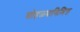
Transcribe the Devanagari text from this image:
सोहळ्यानिमित्त